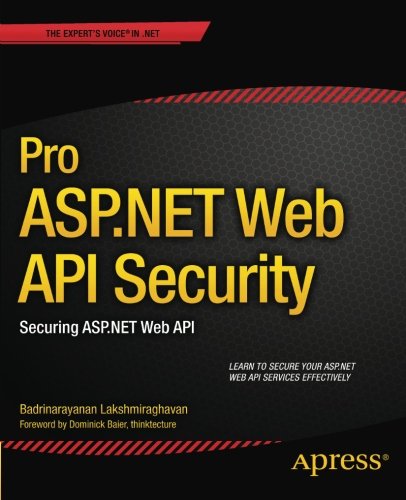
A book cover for Pro ASP.NET Web API Security: Securing ASP.NET Web API (Expert's Voice in .NET); Badrinarayanan Lakshmiraghavan; Computers & Technology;